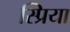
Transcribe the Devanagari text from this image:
स्प्रिया